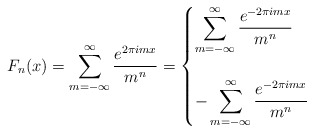
\begin{align*} \displaystyle F_n(x)= \sum_{m=-\infty }^{\infty } \frac{e^{2\pi i m x } }{m^n} = \begin{cases} \displaystyle \sum_{m=-\infty }^{\infty } \frac{e^{-2\pi i m x } }{m^n} \\ \\\displaystyle -\sum_{m=-\infty }^{\infty } \frac{e^{-2\pi i m x } }{m^n} \end{cases} \end{align*}